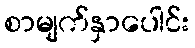
စာမျက်နှာပေါင်း